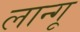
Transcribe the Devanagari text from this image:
लान्गू